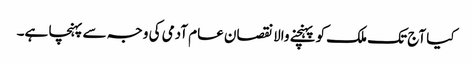
کیا آج تک ملک کو پہنچنے والا نقصان عام آدمی کی وجہ سے پہنچا ہے۔